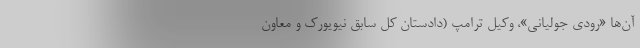
آن‌ها «رودی جولیانی»، وکیل ترامپ (دادستان کل سابق نیویورک و معاون